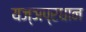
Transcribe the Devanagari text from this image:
यज्ञप्रधान